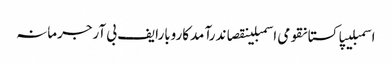
اسمبلیپاکستانقومی اسمبلینقصاندرآمدکاروبارایف بی آرجرمانہ